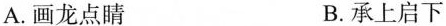
A.画龙点睛 B.承上启下